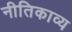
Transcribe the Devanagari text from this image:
नीतिकाव्य